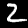
Digit: 2